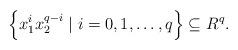
LaTeX: \begin{align*}\Big\{x_1^ix_2^{q-i}\mid i=0,1,\dots, q\Big\} \subseteq R^q.\end{align*}